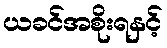
ယခင်အစိုးရနှင့်